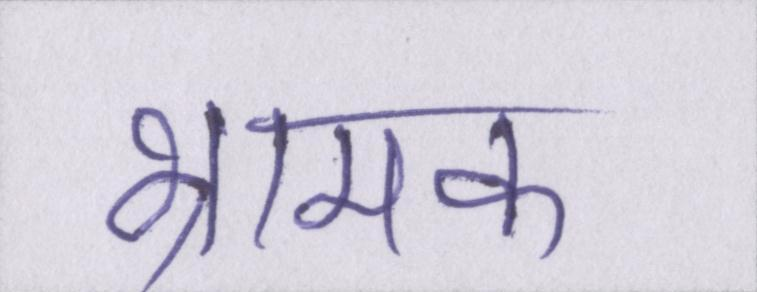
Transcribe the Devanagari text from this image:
भ्रामक